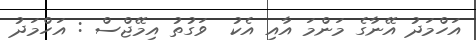
އަހްމަދު އޭނާގެ މަންމަ އާއި އެކު  ވަގުތު އިމޭޖްސް : އަހްމަދު